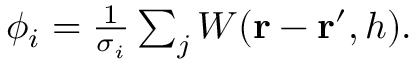
\begin{array} { r } { \phi _ { i } = \frac { 1 } { \sigma _ { i } } \sum _ { j } W ( \mathbf { r } - \mathbf { r } ^ { \prime } , h ) . } \end{array}